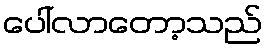
ပေါ်လာတော့သည်